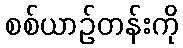
စစ်ယာဉ်တန်းကို